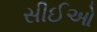
સીઈઓ